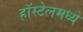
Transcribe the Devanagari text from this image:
हॉस्टेलमध्ये